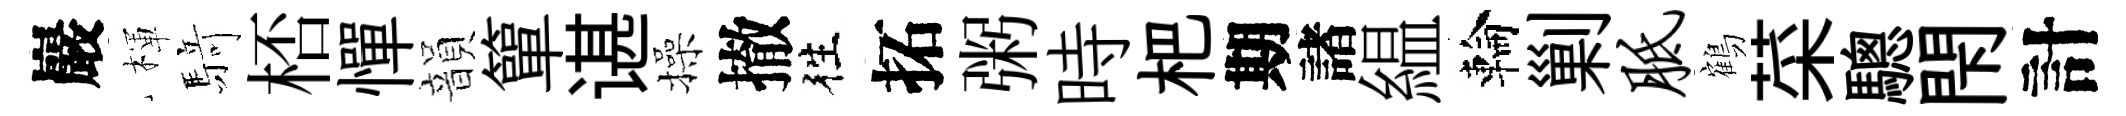
巖楎𮪍桮憚韻簞谌操撤徃拓粥時杷期諸緼輪剿胝鶴菜驄閇計